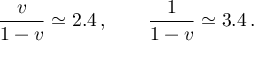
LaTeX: \frac { v } { 1 - v } \simeq 2 . 4 \, , \qquad \frac { 1 } { 1 - v } \simeq 3 . 4 \, .